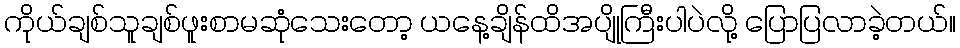
ကိုယ်ချစ်သူချစ်ဖူးစာမဆုံသေးတော့ ယနေ့ချိန်ထိအပျိုကြီးပါပဲလို့ ပြောပြလာခဲ့တယ်။